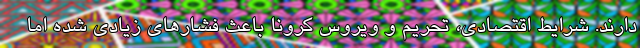
دارند. شرایط اقتصادی، تحریم و ویروس کرونا باعث فشارهای زیادی شده اما